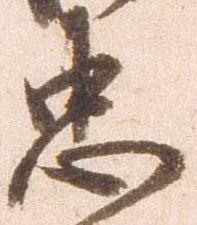
忠